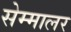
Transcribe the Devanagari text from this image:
सेम्मालर